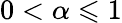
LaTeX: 0<\alpha\leqslant 1